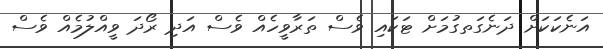
އަނެކަކަށް ދަނެގަތގުމަށް ޓަކައި ވެސް ތަރާވީހެއް ވެސް އަދި ރޯދަ ވީއްލުމެއް ވެސް